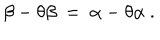
LaTeX: \beta - \theta \beta ~ = ~ \alpha - \theta \alpha ~ .